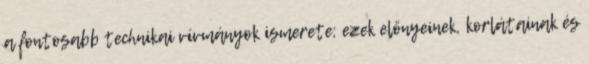
a fontosabb technikai vívmányok ismerete; ezek előnyeinek, korlátainak és